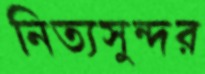
নিত্যসুন্দর